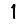
Digit: 1